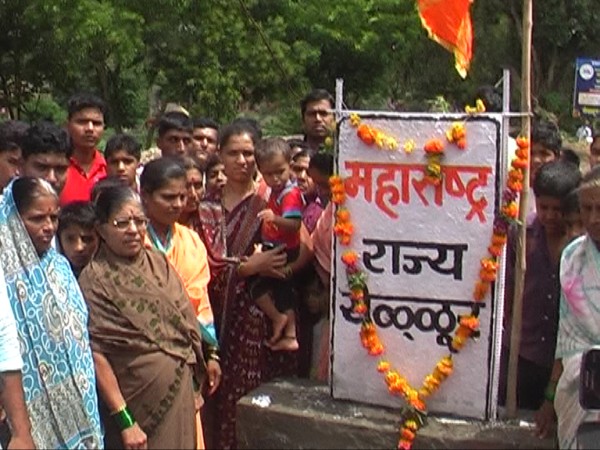
Language: marathi
Transcription: राज्य